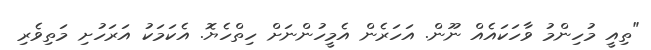
"ތިއީ މުހިންމު ވާހަކައެއް ނޫން. އަހަރެން އެމީހުންނަށް ހިތްހެޔޮ. އެކަމަކު އަރަހުށި މަތިވެރި